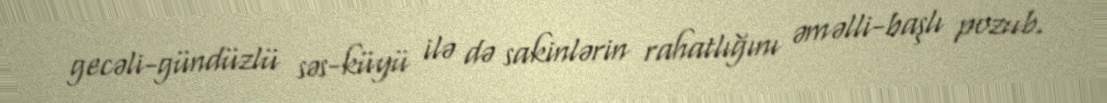
gecəli-gündüzlü səs-küyü ilə də sakinlərin rahatlığını əməlli-başlı pozub.